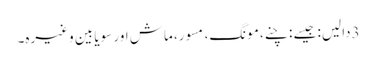
3دالیں: جیسے : چنے، مونگ، مسور، ماش اور سویا بین وغیرہ۔